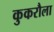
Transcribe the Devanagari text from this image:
कुकरौला